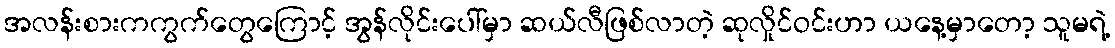
အလန်းစားကကွက်တွေကြောင့် အွန်လိုင်းပေါ်မှာ ဆယ်လီဖြစ်လာတဲ့ ဆုလှိုင်ဝင်းဟာ ယနေ့မှာတော့ သူမရဲ့